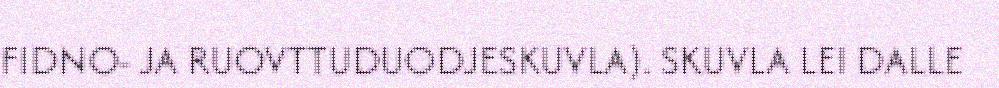
FIDNO- JA RUOVTTUDUODJESKUVLA). SKUVLA LEI DALLE